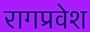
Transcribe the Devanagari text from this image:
रागप्रवेश